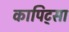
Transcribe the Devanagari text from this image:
कापिट्सा